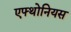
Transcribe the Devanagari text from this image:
एफ्थोनियस